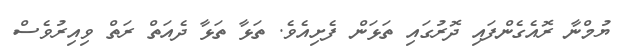
ޔުމްނާ ރޮއެގެންފައި ދޮރުގައި ތަޅަން ފެށިއެވެ. ތަޅާ ތަޅާ ދެއަތް ރަތް ވިއިރުވެސް